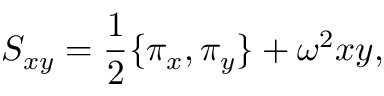
S _ { x y } = \frac { 1 } { 2 } \{ \pi _ { x } , \pi _ { y } \} + \omega ^ { 2 } x y ,